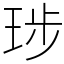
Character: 㻉